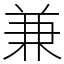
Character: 兼